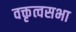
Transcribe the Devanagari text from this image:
वक्तृत्वसभा